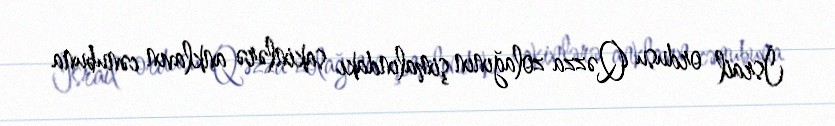
İsrail ordusu Qəzza zolağının şimalındakı sakinlərə anklavın cənubuna